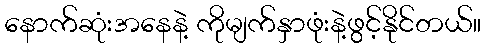
နောက်ဆုံးအနေနဲ့ ကိုမျက်နှာဖုံးနဲ့ဖွင့်နိုင်တယ်။